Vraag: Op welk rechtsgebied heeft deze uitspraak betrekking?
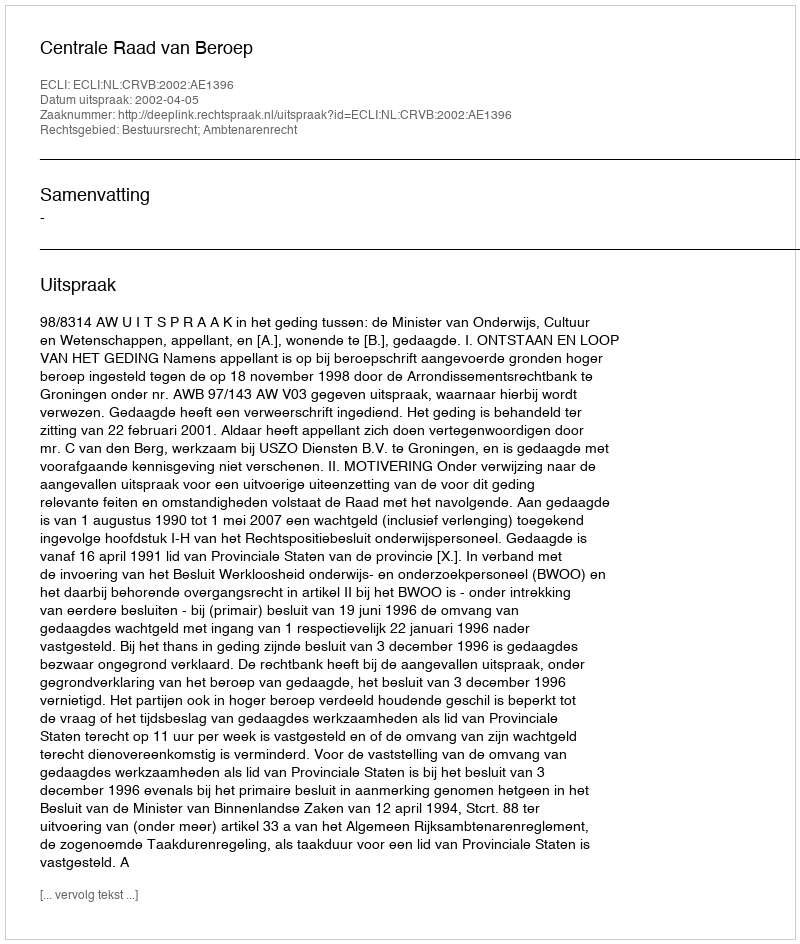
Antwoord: Bestuursrecht; Ambtenarenrecht